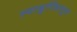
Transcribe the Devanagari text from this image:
स्वादुपिंडातून